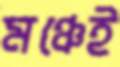
মঞ্চেই